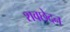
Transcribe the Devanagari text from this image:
शवछेदन